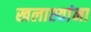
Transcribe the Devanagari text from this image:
खलाश्यांना